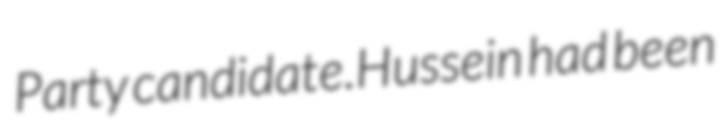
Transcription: Party candidate.Hussein had been